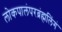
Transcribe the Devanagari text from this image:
लोकपालंपरब्रंह्मलिंगं